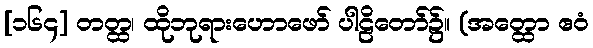
[၁၆၄] တတ္ထ၊ ထိုဘုရားဟောဖော် ပါဠိတော်၌။ (အတ္ထော ဧဝံ